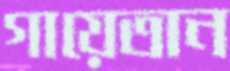
গায়েতান